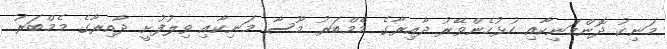
މަނިކު ދޮންމަނިކާއި ހުޅުހެންވޭރު ދާއިރާގެ މެމްބަރު މޫސާ މަނިކާއި ވިލުފުށީ ދާއިރާގެ މެމްބަރު